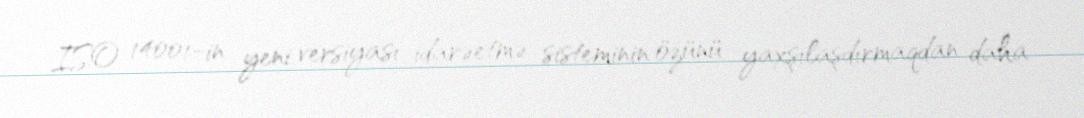
ISO 14001-in yeni versiyası idarəetmə sisteminin özünü yaxşılaşdırmaqdan daha